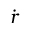
\dot { \boldsymbol { r } }